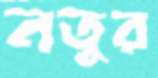
নতুর